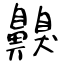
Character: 齅